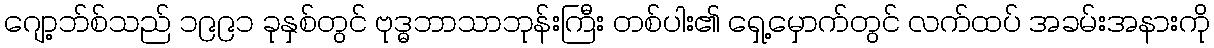
ဂျော့ဘ်စ်သည် ၁၉၉၁ ခုနှစ်တွင် ဗုဒ္ဓဘာသာဘုန်းကြီး တစ်ပါး၏ ရှေ့မှောက်တွင် လက်ထပ် အခမ်းအနားကို